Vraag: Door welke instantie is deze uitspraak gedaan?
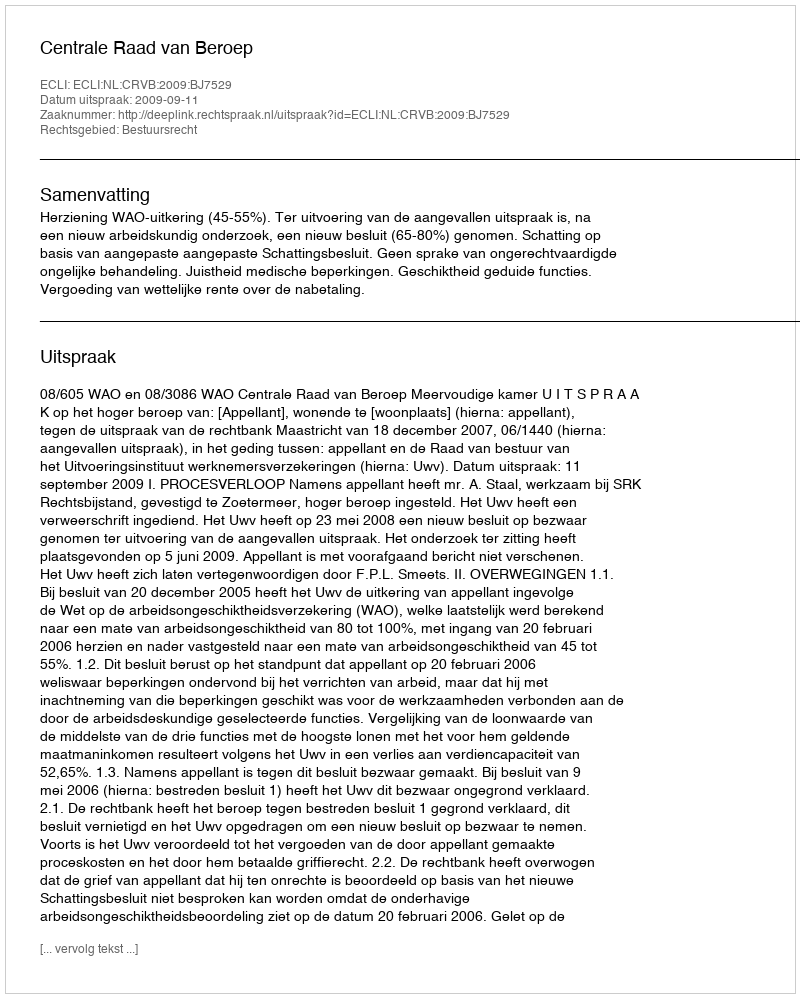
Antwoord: Centrale Raad van Beroep